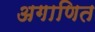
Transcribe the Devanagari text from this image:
अगाणित